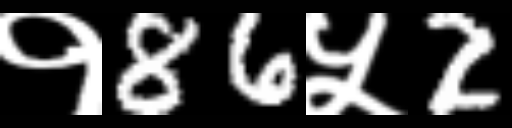
Text: १86५2